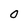
Character: 0